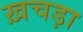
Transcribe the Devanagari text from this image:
ख़चड़ा